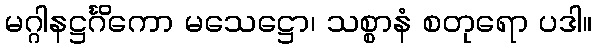
မဂ္ဂါနဋ္ဌင်္ဂိကော မသေဋ္ဌော၊ သစ္စာနံ စတုရော ပဒါ။